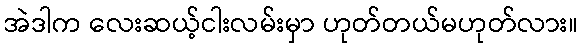
အဲဒါက လေးဆယ့်ငါးလမ်းမှာ ဟုတ်တယ်မဟုတ်လား။